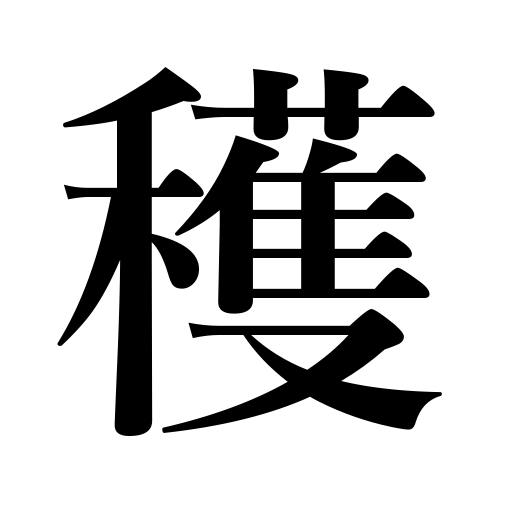
Meanings: harvest,reap